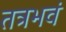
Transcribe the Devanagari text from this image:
तत्रभवं